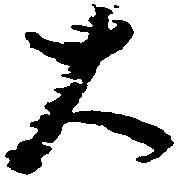
大